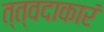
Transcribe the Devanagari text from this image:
त्त्वदाकारं